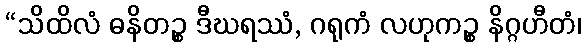
“သိထိလံ ဓနိတဉ္စ ဒီဃရဿံ, ဂရုကံ လဟုကဉ္စ နိဂ္ဂဟီတံ၊